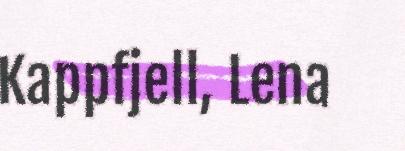
Kappfjell, Lena